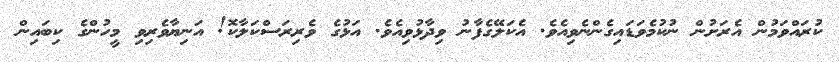
ކުރައްވަމުން އެރަށުން ނުކުމެވަޑައިގެންނެވިއެވެ. އެކަލޭގެފާނު ވިދާޅުވިއެވެ. އަޅުގެ ވެރިރަސްކަލާކޮ! އަނިޔާވެރިވި މީހުންގެ ކިބައިން